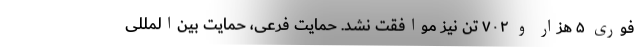
فوری ۵ هزار و ۷۰۲ تن نیز موافقت نشد. حمایت فرعی، حمایت بین‌المللی